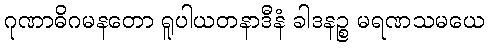
ဂုဏာဓိဂမနတော ရူပါယတနာဒီနံ ခါဒနဉ္စ မရဏသမယေ